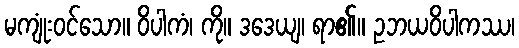
မကျုံးဝင်သော။ ဝိပါကံ၊ ကို။ ဒဒေယျ၊ ရာ၏။ ဥဘယဝိပါကဿ၊